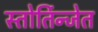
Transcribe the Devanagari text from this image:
स्तोर्तिन्जेत